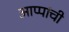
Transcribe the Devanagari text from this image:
आप्पांची